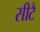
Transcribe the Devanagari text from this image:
सीटै